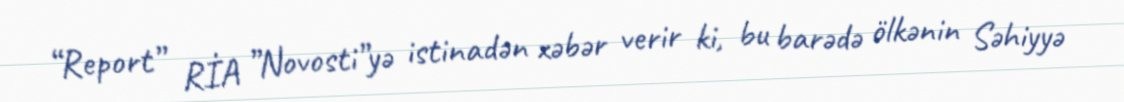
“Report” RİA ”Novosti”yə istinadən xəbər verir ki, bu barədə ölkənin Səhiyyə